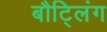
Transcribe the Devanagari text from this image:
बौट्लिंग